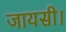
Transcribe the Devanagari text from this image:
जायसी।